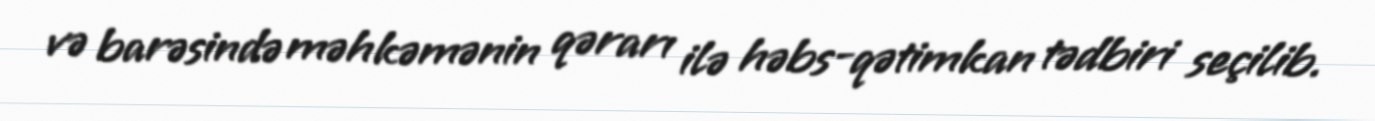
və barəsində məhkəmənin qərarı ilə həbs-qətimkan tədbiri seçilib.